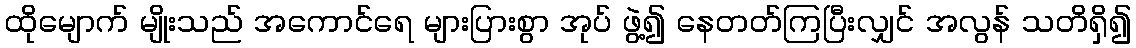
ထိုမျောက် မျိုးသည် အကောင်ရေ များပြားစွာ အုပ် ဖွဲ့၍ နေတတ်ကြပြီးလျှင် အလွန် သတိရှိ၍